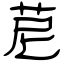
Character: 苨